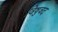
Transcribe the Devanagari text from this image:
विषुवद